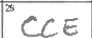
Transcription: CCE